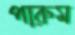
পারুম